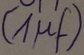
Text: (1µf)